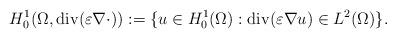
LaTeX: \begin{align*}H^1_0(\Omega,\mathrm{div}(\varepsilon \nabla\cdot)) := \{u \in H^1_0(\Omega): \mathrm{div}(\varepsilon \nabla u) \in L^2(\Omega)\}.\end{align*}